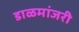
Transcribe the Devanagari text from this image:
डाळमांजरी